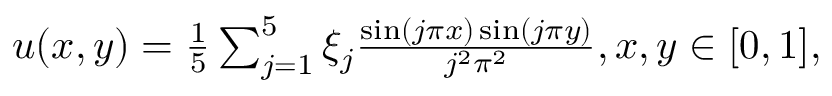
\begin{array} { r } { u ( x , y ) = \frac { 1 } { 5 } \sum _ { j = 1 } ^ { 5 } \xi _ { j } \frac { \sin ( j \pi x ) \sin ( j \pi y ) } { j ^ { 2 } \pi ^ { 2 } } , x , y \in [ 0 , 1 ] , } \end{array}